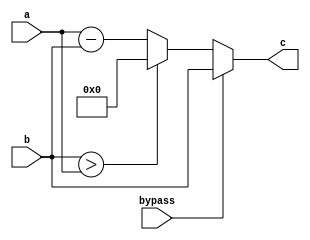

// time scale
`timescale 1ns/1ps

// no undeclared nets
//`default_nettype none

module DigitalCore_Subtractor(
    a,
    b,
    c,
    bypass

    );

    //-----------------------------------------------------------------------------------
    //  Parameters
    //-----------------------------------------------------------------------------------

    parameter               Width =             5;
    parameter               Bypass_Input_Is_b = "TRUE";

    //-----------------------------------------------------------------------------------
    //  Ports
    //-----------------------------------------------------------------------------------
    input wire                          bypass;
    input wire      [Width-1:0]         a;
    input wire      [Width-1:0]         b;
    output reg      [Width-1:0]         c;

    //-----------------------------------------------------------------------------------
    //  Internal Wires
    //-----------------------------------------------------------------------------------
    //-----------------------------------------------------------------------------------

    //-----------------------------------------------------------------------------------
    //  Gen Variables
    //-----------------------------------------------------------------------------------
    genvar                                  i;
    //-----------------------------------------------------------------------------------

    //-----------------------------------------------------------------------------------
    //  Assigns
    //-----------------------------------------------------------------------------------
    always @(*) begin
        if (bypass) begin
            if (Bypass_Input_Is_b == "TRUE") begin
                c <= b;
            end else begin
                c <= a;
            end
        end else begin
            if (b > a) begin
                c <= {Width{1'b0}};
            end else begin
                c <= a - b;
            end
        end
    end
    //-----------------------------------------------------------------------------------


endmodule